Account of plague administration in the Bombay Presidency from September 1896 till May 1897
Year: 1896
Disease focus: Plague
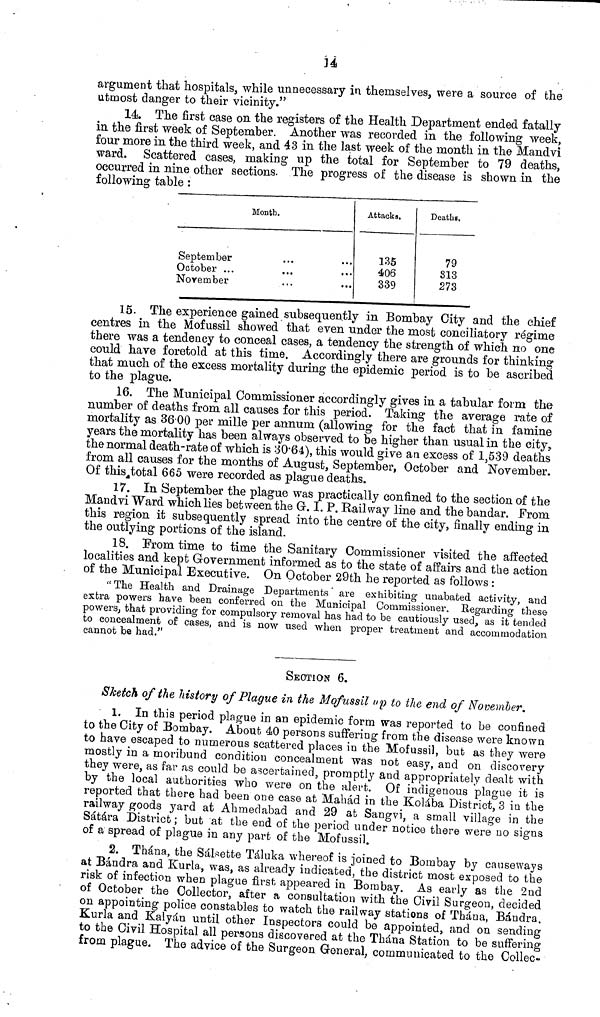
14
argument that hospitals, while unnecessary in themselves, were a source of the
atmost danger to their vicinity."
14. The first case on the registers of the Health Department ended fatally
in the first week of September. Another was recorded in the following week,
four more in the third week, and 43 in the last week of the month in the Mandvi
ward. Scattered cases, making up the total for September to 79 deaths,
occurred in nine other sections. The progress of the disease is shown in the
following table :
Month.
September
October ...
November
...
...
...
...
Attacks.
135
406
339
Deaths,
79
813
273
15. The experience gained subsequently in Bombay City and the chief
centres in the Mofussil showed that even under the most conciliatory régime
there was a tendency to conceal cases, a tendency the strength of which no one
could have foretold at this time. Accordingly there are grounds for thinking
that much of the excess mortality during the epidemic period is to be ascribed
to the plague.
16. The Municipal Commissioner accordingly gives in a tabular form the
number of deaths from all causes for this period. Taking the average rate of
mortality as 36·00 per mille per annum (allowing for the fact that in famine
years the mortality has been always observed to be higher than usual in the city,
the normal death-rate of which is 30·64), this would give an excess of 1,539 deaths
from all causes for the months of August, September, October and November.
Of this total 665 were recorded as plague deaths.
17. In September the plague was practically confined to the section of the
Mandvi Ward which lies between the G. I. P. Railway line and the bandar. From
this region it subsequently spread into the centre of the city, finally ending in
the outlying portions of the island.
18. From time to time the Sanitary Commissioner visited the affected
localities and kept Government informed as to the state of affairs and the action
of the Municipal Executive. On October 29th he reported as follows :
"The Health and Drainage Departments are exhibiting unabated activity, and
extra powers have been conferred on the Municipal Commissioner. Regarding these
powers, that providing for compulsory removal has had to be cautiously used, as it tended
to concealment of cases, and is now used when proper treatment and accommodation
cannot be had."
SECTION 6.
Sketch of the history of Plague in the Mofussil up to the end of November.
1. In this period plague in an epidemic form was reported to be confined
to the City of Bombay. About 40 persons suffering from the disease were known
to have escaped to numerous scattered places in the Mofussil, but as they were
mostly in a moribund condition concealment was not easy, and on discovery
they were, as far as could be ascertained, promptly and appropriately dealt with
by the local authorities who were on the alert. Of indigenous plague it is
reported that there had been one case at Mahád in the Kolába District, 3 in the
railway goods yard at Ahmed abad and 29 at Sangvi, a small village in the
Sátára District ; but at the end of the period under notice there were no signs
of a spread of plague in any part of the Mofussil.
2. Thána, the Sálsette Táluka whereof is joined to Bombay by causeways
at Báudra and Kurla, was, as already indicated, the district most exposed to the
risk of infection when plague first appeared in Bombay. As early as the 2nd
of October the Collector, after a consultation with the Civil Surgeon, decided
on appointing police constables to watch the railway stations of Thána, Baudra.
Kurla and Kalyán until other Inspectors could be appointed, and on sending
to the Civil Hospital all persons discovered at the Thána Station to be suffering
from plague. The advice of the Surgeon General, communicated to the Collec-